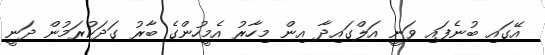
އޭގައި ބުނެފައި ވަނީ އަލްގައިދާ އިން މިހާރު އެމީހުންގެ ބާރު ގަދަކުރަމުން ދަނީ